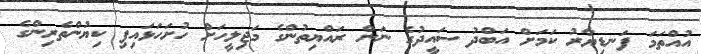
އުއްތަމަ ފަނޑިޔާރު ކަމަށް އަބްދު ސައީދުގެ ނަން ރައްޔިތުންގެ މަޖިލީހަށް ހުށަހަޅައިފި ކިޔުންތެރިންގެ